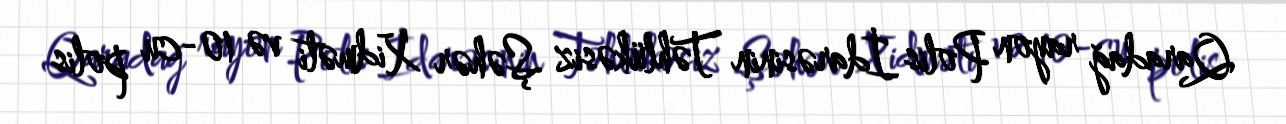
Qaradağ rayon Polis İdarəsinin Təhlükəsiz Şəhər Xidməti və 10-cu polis